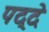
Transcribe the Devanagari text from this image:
पद्दे